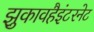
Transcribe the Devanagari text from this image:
झुकावहैइंटरनेट